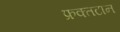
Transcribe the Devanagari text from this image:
फ्रक्तटान